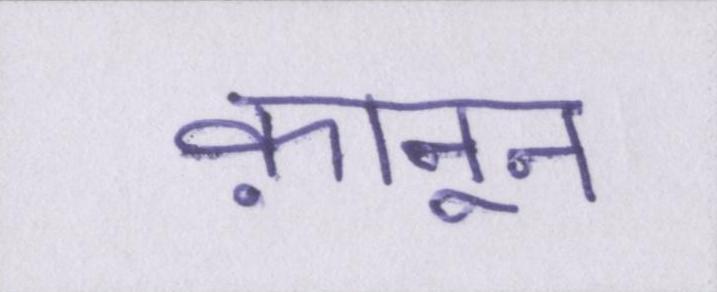
क़ानून